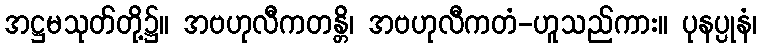
အဋ္ဌမသုတ်တို့၌။ အဗဟုလီကတန္တိ၊ အဗဟုလီကတံ-ဟူသည်ကား။ ပုနပ္ပုနံ၊